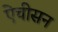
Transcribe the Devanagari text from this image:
ऐचीसन